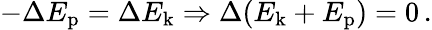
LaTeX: -\Delta E_{\mathrm{p}}=\Delta E_{\mathrm{k}}\Rightarrow\Delta(E_{\mathrm{k}}+E_{\mathrm{p}})=0\, .